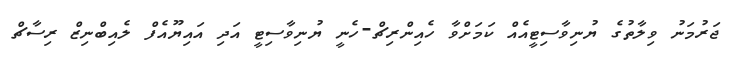
ޖަރުމަނު ވިލާތުގެ ޔުނިވާސިޓީއެއް ކަމަށްވާ ހެއިންރިޗް-ހެނީ ޔުނިވާސިޓީ އަދި އައިޔޫއެފް ލެއިބްނިޒް ރިސާޗް